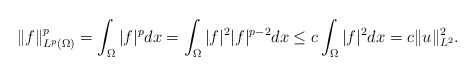
\begin{align*}& \|f\|_{L^p(\Omega) }^p = \int_{\Omega} |f|^{ p} dx=\int_{\Omega} |f|^2 |f|^{ p-2} dx\leq c \int_{\Omega} |f|^2 dx = c \| u \|_{L^2}^2. \end{align*}